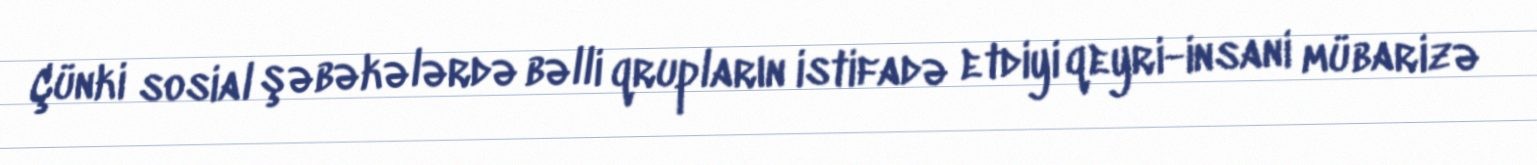
Çünki sosial şəbəkələrdə bəlli qrupların istifadə etdiyi qeyri-insani mübarizə